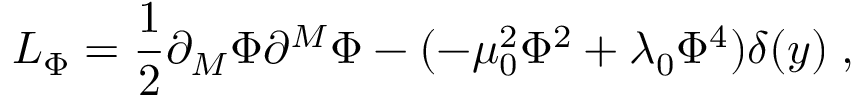
{ \cal L } _ { \Phi } = \frac { 1 } { 2 } \partial _ { M } \Phi \partial ^ { M } \Phi - ( - \mu _ { 0 } ^ { 2 } \Phi ^ { 2 } + \lambda _ { 0 } \Phi ^ { 4 } ) \delta ( y ) \; ,